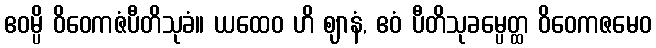
ဧဝမ္ပိ ဝိဝေကဇံပီတိသုခံ။ ယထေဝ ဟိ ဈာနံ, ဧဝံ ပီတိသုခမ္ပေတ္ထ ဝိဝေကဇမေဝ